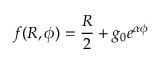
f ( R , \phi ) = \frac { R } { 2 } + g _ { 0 } e ^ { \alpha \phi }